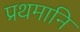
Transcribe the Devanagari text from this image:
प्रथमानि